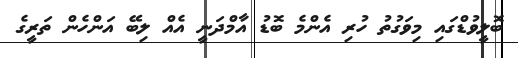
ބޮލީވުޑްގައި މިވަގުތު ހުރި އެންމެ ބޮޑު އާމްދަނީ އެއް ލިބޭ އަންހެން ތަރީގެ